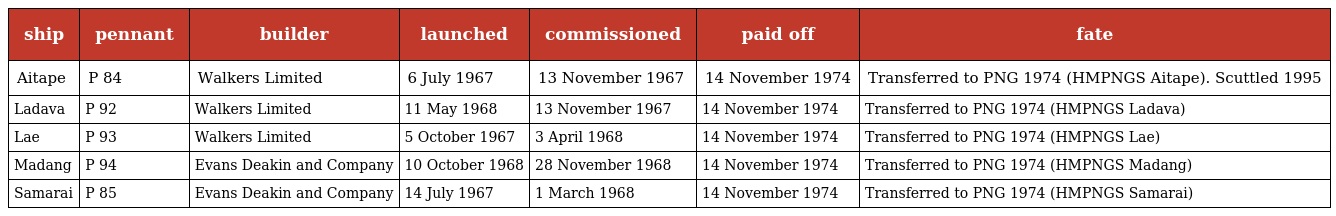
| ship | pennant | builder | launched | commissioned | paid off | fate |
 | --- | --- | --- | --- | --- | --- | --- |
 | Aitape | P 84 | Walkers Limited | 6 July 1967 | 13 November 1967 | 14 November 1974 | Transferred to PNG 1974 (HMPNGS Aitape). Scuttled 1995 |
 | Ladava | P 92 | Walkers Limited | 11 May 1968 | 13 November 1967 | 14 November 1974 | Transferred to PNG 1974 (HMPNGS Ladava) |
 | Lae | P 93 | Walkers Limited | 5 October 1967 | 3 April 1968 | 14 November 1974 | Transferred to PNG 1974 (HMPNGS Lae) |
 | Madang | P 94 | Evans Deakin and Company | 10 October 1968 | 28 November 1968 | 14 November 1974 | Transferred to PNG 1974 (HMPNGS Madang) |
 | Samarai | P 85 | Evans Deakin and Company | 14 July 1967 | 1 March 1968 | 14 November 1974 | Transferred to PNG 1974 (HMPNGS Samarai) |